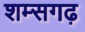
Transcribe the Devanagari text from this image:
शम्सगढ़